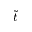
\tilde { t }